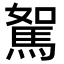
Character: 𩣉